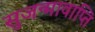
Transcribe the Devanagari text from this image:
सुजन्मावाप्ति